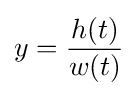
y={\frac {h(t)}{w(t)}}